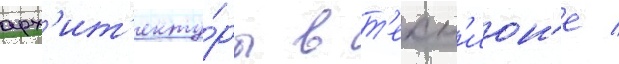
арх'ит'екту́ры в т'ехн'ион'е /